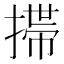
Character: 𢲄